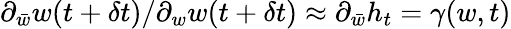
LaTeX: \partial_{\bar{w}}w(t+\delta t)/\partial_{w}w(t+\delta t)\approx\partial_{\bar{w}}h_{t}=\gamma(w,t)